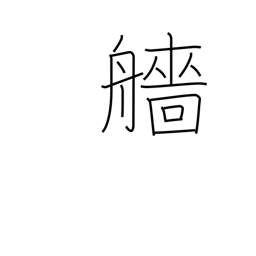
Meaning: stern